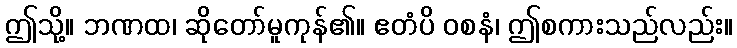
ဤသို့။ ဘဏထ၊ ဆိုတော်မူကုန်၏။ ဧတံပိ ဝစနံ၊ ဤစကားသည်လည်း။